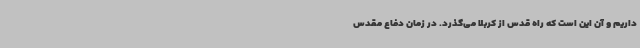
داریم و آن این است که راه قدس از کربلا می‌گذرد. در زمان دفاع مقدس